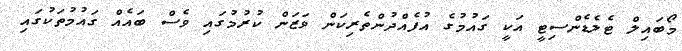
މޯބައިލް ޓެލެޑެންސިޓީ އަކީ ގައުމުގެ އުފެއްދުންތެރިކަން ވަޒަން ކުރުމުގައި ވެސް ބައެއް ގައުމުތަކުގައި